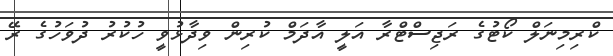
ކްރިމިނަލް ކޯޓުގެ ރަޖިސްޓްރާ އަލީ އާދަމް ކުރިން ވިދާޅުވީ ހުކުރު ދުވަހުގެ ރޭ